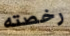
رخصته